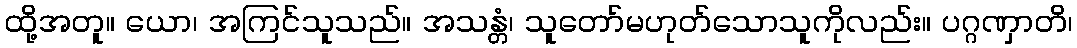
ထို့အတူ။ ယော၊ အကြင်သူသည်။ အသန္တံ၊ သူတော်မဟုတ်သောသူကိုလည်း။ ပဂ္ဂဏှာတိ၊